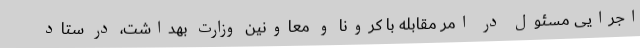
اجرایی مسئول در امر مقابله با کرونا و معاونین وزارت بهداشت، در ستاد